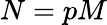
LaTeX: N=pM